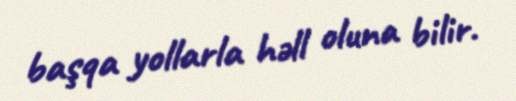
başqa yollarla həll oluna bilir.